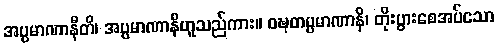
အပ္ပမာဏာနီတိ၊ အပ္ပမာဏာနီဟူသည်ကား။ ဝဍ္ဎတပ္ပမာဏာနိ၊ တိုးပွားစေအပ်သော